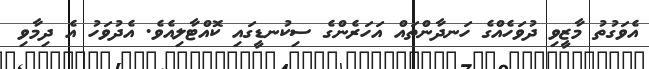
އެވަގުތު މާޒީވި ދުވަހެއްގެ ހަނދާންތައް އަހަރެންގެ ސިކުނޑީގައި ކޮއްޓާލިއެވެ. އެދުވަހު އެ ދިމާވި